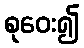
စုဝေး၍